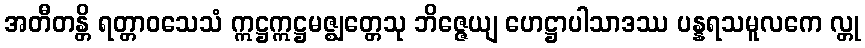
အတီတန္တိ ရတ္တာဝသေသံ ဣဋ္ဌဣဋ္ဌမဇ္ဈတ္တေသု ဘိဇ္ဇေယျ ဟေဋ္ဌာပါသာဒဿ ပန္နရသမူလကေ လ္တု